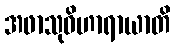
အဖာသုဝိဟာရာယာတိ